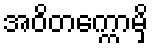
အဝိတက္ကောမှိ